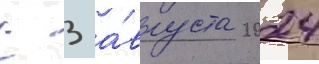
С 3 а́вгуста 2024